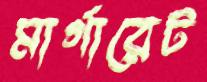
মার্গারেট